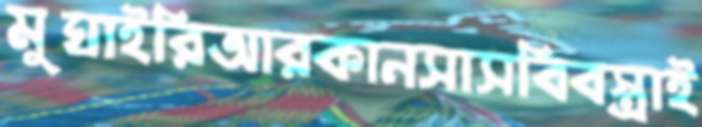
মুঘাইরিআরকানসাসবিবস্ত্রাই